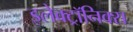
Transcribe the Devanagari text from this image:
इलेक्ट्रॉनिक्स